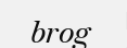
brog